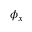
\phi _ { x }